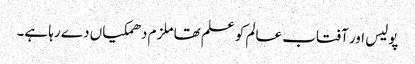
پولیس اور آفتاب عالم کو علم تھا ملزم دھمکیاں دے رہا ہے۔